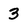
Character: 3